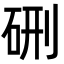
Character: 硎